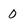
Character: 0